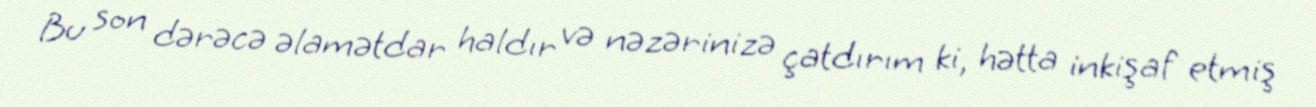
Bu son dərəcə əlamətdar haldır və nəzərinizə çatdırım ki, hətta inkişaf etmiş